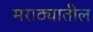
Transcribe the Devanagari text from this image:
मराठ्यातील